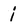
Character: i